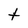
Character: t